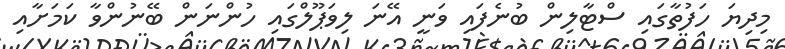
މިދިޔަ ހަފުތާގައި ސްޓާލިން ބުނެފައި ވަނީ އޭނަ ލިވަޕޫލްގައި ހުންނަން ބޭނުންވާ ކަމަށާއި